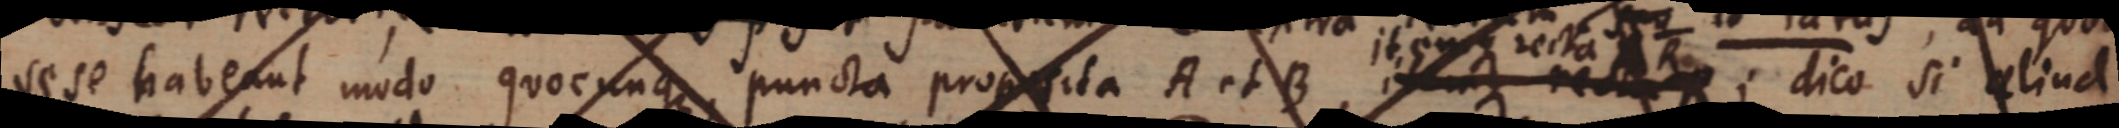
sese habeant modo quocunque puncta proposita A et B, itemque recta; dico si aliud